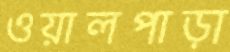
ওয়ালপাড়া